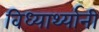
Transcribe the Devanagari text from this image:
विध्यार्थ्यानी